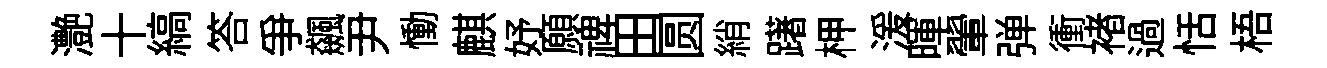
灔十縞答争飆尹慟麒妤願禆田圆綃躇柙湲暉翬弹衝褚過恬梧